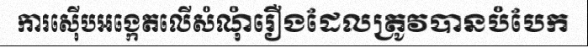
ការស៊ើបអង្កេតលើសំណុំរឿងដែលត្រូវបានបំបែក